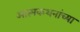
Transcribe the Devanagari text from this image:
आत्मकथनांच्या